Civil Veterinary Department. Madras. Admin. report 1910-25 - 1910-1925
Year: 1910
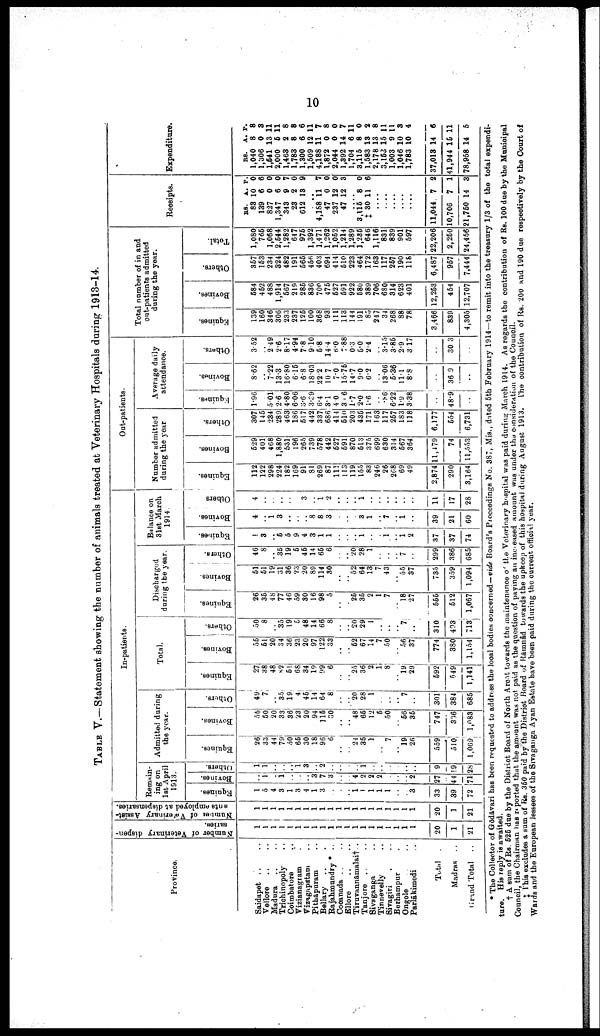
10
TABLE V.—Statement showing the number of animals treated at Veterinary Hospitals during 1913-14.
Province.
Saidapet .. ..
Vellore .. ..
Madura .. ..
Trichinopoly ..
Coimbature ..
Vizianagram ..
Vizagapatam ..
Pithāpuram ..
Bellary .. .
Rajahmundry*
..
Cocanada .. ..
Ellore .. ..
Tiruvannāmalai†.
Tanjore .. ..
Sivaganga ..
Tinnevelly ..
Sivagiri . ..
Berhampur ..
Ongole ..
Parlākimedi ..
Total
.
Madras ..
Grand Total ..
Number of Veterinary dispen
saries.
1
1
1
1
1
1
1
1
1
1
1
1
1
1
1
1
1
1
1
1
20
1
21
Number
of Veterinary Assist-
ants employed at dispensaries.
1
1
1
1
1
1
1
1
1
1
1
1
1
1
1
1
1
1
1
1
20
1
21
In-patients.
Remain
ing on
1st April
1913
Equines.
1
5
4
3
1
3
4
1
3
..
..
..
1 1
1
1
1
..
..
3
33
39
72
Bovines.
..
1
..
1
..
..
..
3
7
3
..
..
4
2
2
2
..
..
..
2
27
44
71
Others.
1
1
..
..
..
1
3
..
2
..
..
..
..
1
..
..
..
..
..
..
9
19
28
Admitted daring
the year.
Equines.
26
33
44
79
50
65
30
18
96
6
..
..
24
35
1
..
7
..
19
26
559
510
1,069
Bovines.
55
50
20
33
36
23
20
94
115
30
..
..
48
65
12
5
50
..
56
35
747
336
1,083
Others.
49
7
..
35
19
4
45
14
64
8
..
..
20
28
1
..
..
..
7
..
301
384
685
Total.
Equines.
27
38
48
82
51
68
34
19
99
6
..
..
25
36
2
1
8
..
19
29
592
549
1,141
Bovines.
55
51
20
34
36
23
20
97
122
33
..
..
52
67
14
7
50
..
56
37
774
380
1,154
Others.
50
8
..
35
19
5
48
14
66
8
..
..
20
29
1
..
..
..
7
..
310
403
713
Discharged
during the year.
Equines.
26
35
4 8
77
46
59
30
16
98
5
..
..
25
35
2
1
7
..
18
27
555
512
1,067
Bovines.
51
51
19
31
36
23
20
89
114
30
..
..
52
64
13
7
43
55
37
735
359
1,094
Others.
46
8
..
35
19
5
45
14
65
6
..
..
20
28
1
..
..
..
7
..
299
386
685
Balance on
31st March
1914.
Equines.
1
3
..
5
5
9
4
3
1
1
..
..
..
1
..
..
1
..
1
2
37
37
74
Bovines.
4
..
1 3
..
..
..
8
8
3
..
..
..
3
1
..
7
..
1
..
39
21
60
Others
4
..
..
..
..
..
3
..
1
2
..
..
..
1
..
..
..
..
..
..
11
17
28
Out-patients.
Number admitted
during the year
Equines.
112
122
298
224
182
169
91
81
269
87
111
113
119
155
83
246
26
208
69
49
2,874
290
3,164
Bovines.
529
401
468
1,880
531
196
265
739
578
442
527
591
870
513
375
699
630
314
567
364
11,479
74
11,553
Others.
307
145
234
289
463
186
517
442
337
686
414
510
203
435
171
163
117
257
183
118
6,177
554
6,731
Average daily
attendance.
Equines.
1.96
..
5 01
2.6
4.80
6.06
3.6
3.39
6.4
3.1
40
3 6
1.7
2.0
1.6
..
.86
6.22
1.9
3.38
..
48.9
Bovines.
8.62
..
7.22
13.3
16.80
6.15
6.8
18.03
22 2
10 7
7.0
15.75
14.7
9.0
6.2
..
13.06
5.36
11.1
8.8
..
36.9
Others.
3.52
..
2 49
2.6
8.17
4.94
7.8
9.10
5.8
14.4
6.0
7.88
0.3
5.0
2.4
..
3.15
3.85
2.9
3.17
..
30.3
Total number of in and
out-patients admitted
during the year.
Equines.
139
160
346
306
233
237
125
100
368
93
111
113
144
191
85
247
34
268
88
78
3,466
839
4,305
Bovines.
584
452
488
1,914
567
219
285
836
700
475
527
591
922
680
389
706
680
314
623
401
12,253
454
12,707
Others.
357
153
234
324
482
191
565
456
403
694
414
510
223
464
172
163
117
257
190
118
6,487
957
7,444
Total.
1,080
765
1,068
2,544
1,282
647
975
1,392
1,471
1,262
1,052
1,214
1,289
1,236
646
1,116
831
839
901
597
22,206
2,250
24,456
Receipts.
RS.
83
139
827
1,347
343
23
612
A.
10
6
0
6
9
2
13
P.
0
6
0
0
7
0
9
....
4,188
47
237
47
11
0
12
12
7
0
0
3
....
3,115
‡ 30
8
11
0
6
......
....
....
....
....
11,044
10,706
21,750
7
7
14
2
1
3
Expenditure.
RS.
1,040
1,306
1,541
2,000
1,463
1,783
1,300
1,509
4,188
1,872
2,044
1,392
1,704
3,115
1,583
2,178
3,163
1,003
1,046
1,783
37,013
41,944
78,958
A.
8
0
13
5
2
8
6
12
11
0
0
14
6
8
13
13
15
9
10
10
14
15
14
P.
8
3
11
11
8
8
6
11
7
8
0
7
11
0
2
8
11
11
3
4
6
11
5
* The Collector of Gōdāvari has been requested to address the local bodies concerned—vide Board's Proceedings No. 387, Mis., dated 5th February 1914—to remit into the treasury 1/3 of the total expendi
ture. His reply is awaited.
† A sum of Rs. 525 due by the District Board of North A reot towards the maintenance of the Veterinary hospital was paid during March 1914. As regards the contribution of Rs. 100 due by the Municipal
Council, the Chairman has reported that the amount was not paid as the question of paying an increased amount was under the consideration of the Council.
‡ This excludes a sum of Rs. 350 paid by the District Board of Rāmnâd towards the upkeep of this hospital during August 1913. The contribution of RS. 200 and 190 due respectively by the Court of
Wards and the European lessees of the Sivaganga Ayan Estate have been paid during the current official year.